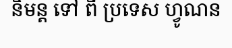
និមន្ត ទៅ ពី ប្រទេស ហ្វូណន